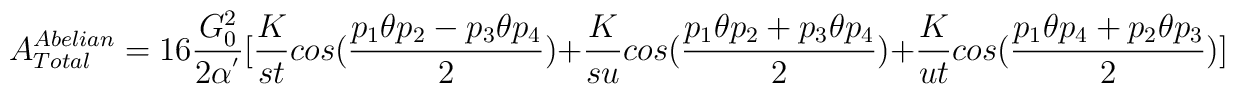
A^{Abelian}_{Total}=16\frac{G^2_{0}}{2\alpha^{'}}[\frac{K}{st}cos(\frac{p_1\theta p_2-p_3\theta p_4}{2})+                       \frac{K}{su}cos(\frac{p_1\theta p_2+p_3\theta p_4}{2})+                        \frac{K}{ut}cos(\frac{p_1\theta p_4+p_2\theta p_3}{2})]